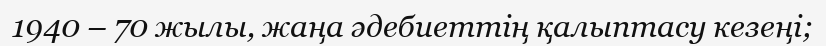
1940 – 70 жылы, жаңа әдебиеттің қалыптасу кезеңі;